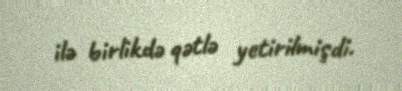
ilə birlikdə qətlə yetirilmişdi.